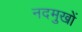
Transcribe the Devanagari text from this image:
नदमुखों